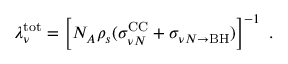
\lambda _ { \nu } ^ { \mathrm { t o t } } = \left[ N _ { A } \rho _ { s } ( \sigma _ { \nu N } ^ { \mathrm { C C } } + \sigma _ { \nu N \rightarrow \mathrm { B H } } ) \right] ^ { - 1 } \ .